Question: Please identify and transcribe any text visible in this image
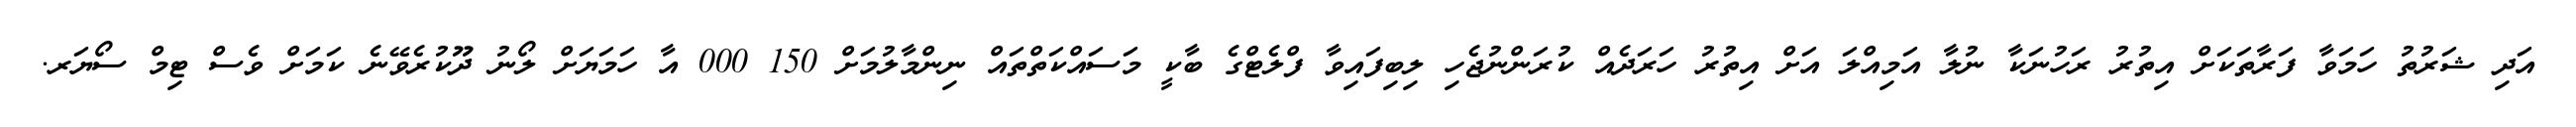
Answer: އަދި ޝަރުތު ހަމަވާ ފަރާތަކަށް އިތުރު ރަހުނަކާ ނުލާ އަމިއްލަ އަށް އިތުރު ހަރަދެއް ކުރަންނުޖެހި ލިބިފައިވާ ފްލެޓްގެ ބާކީ މަސައްކަތްތައް ނިންމާލުމަށް 150 000 އާ ހަމަޔަށް ލޯނު ދޫކުރެވޭނެ ކަމަށް ވެސް ޓިމް ސޯޔަރ.